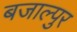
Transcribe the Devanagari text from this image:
बजाल्पुर